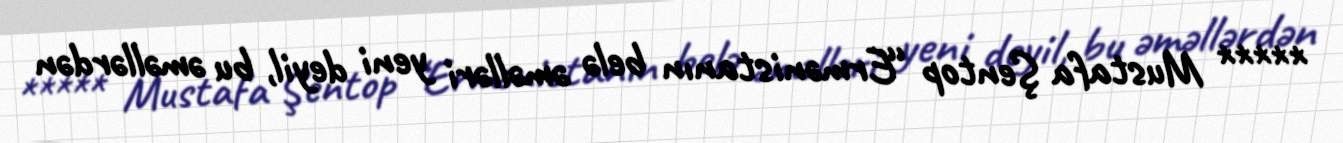
***** Mustafa Şentop “Ermənistanın belə əməlləri yeni deyil, bu əməllərdən